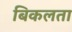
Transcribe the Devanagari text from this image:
बिकलता